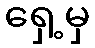
ရှေ့မှ